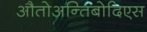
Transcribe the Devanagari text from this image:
औतोअन्तिबोदिएस